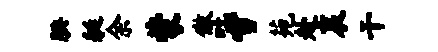
腆艇余蒙傲吐雪苑赴哀干